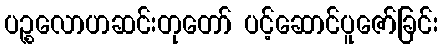
ပဉ္စလောဟဆင်းတုတော် ပင့်ဆောင်ပူဇော်ခြင်း